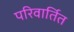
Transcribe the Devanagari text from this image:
परिवार्तित